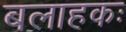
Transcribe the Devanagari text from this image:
बलाहकः